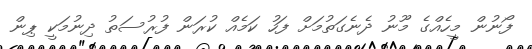
ފޯނުން މީހެއްގެ މޫނު ދެނެގަތުމަށް ފަހު ކަމެއް ކުރަން ފުރުސަތު ދިނުމަކީ ޕިން